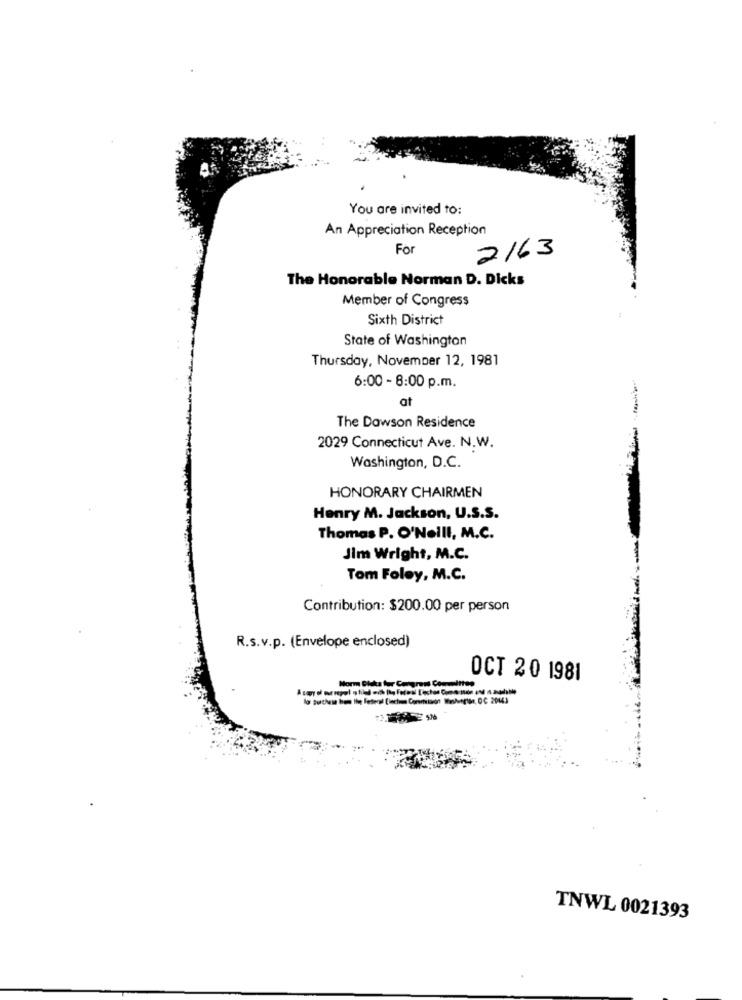
You are invited to:
An Appreciation Reception
For
2163
The Honorable Norman D. Dicks
Member of Congress
Sixth District
State of Washington
Thursday, November 12, 1981
6:00 - 8:00 p.m.
at
The Dawson Residence
2029 Connecticut Ave. N.W.
Washington, D.C.
HONORARY CHAIRMEN
Henry M. Jackson, U.S.S.
Thomas P. O'Neill, M.C.
Jim Wright, M.C.
Tom Foley, M.C.
Contribution: $200.00 per person
R.s.v.p. (Envelope enclosed)
Norm Dlukus tur Congress Committee
OCT 20 1981
TNWL 0021393